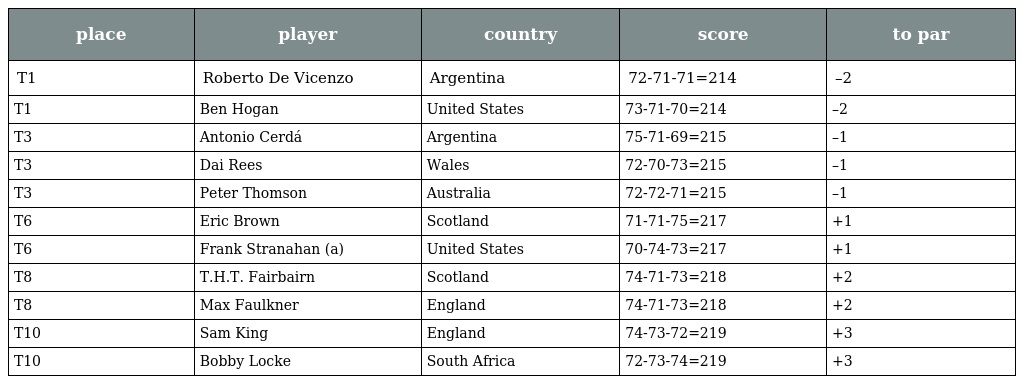
| place | player | country | score | to par |
 | --- | --- | --- | --- | --- |
 | T1 | Roberto De Vicenzo | Argentina | 72-71-71=214 | –2 |
 | T1 | Ben Hogan | United States | 73-71-70=214 | –2 |
 | T3 | Antonio Cerdá | Argentina | 75-71-69=215 | –1 |
 | T3 | Dai Rees | Wales | 72-70-73=215 | –1 |
 | T3 | Peter Thomson | Australia | 72-72-71=215 | –1 |
 | T6 | Eric Brown | Scotland | 71-71-75=217 | +1 |
 | T6 | Frank Stranahan (a) | United States | 70-74-73=217 | +1 |
 | T8 | T.H.T. Fairbairn | Scotland | 74-71-73=218 | +2 |
 | T8 | Max Faulkner | England | 74-71-73=218 | +2 |
 | T10 | Sam King | England | 74-73-72=219 | +3 |
 | T10 | Bobby Locke | South Africa | 72-73-74=219 | +3 |